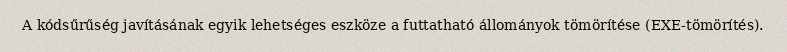
A kódsűrűség javításának egyik lehetséges eszköze a futtatható állományok tömörítése (EXE-tömörítés).